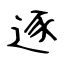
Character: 逐